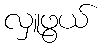
လှူဖွယ်